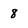
Character: 8